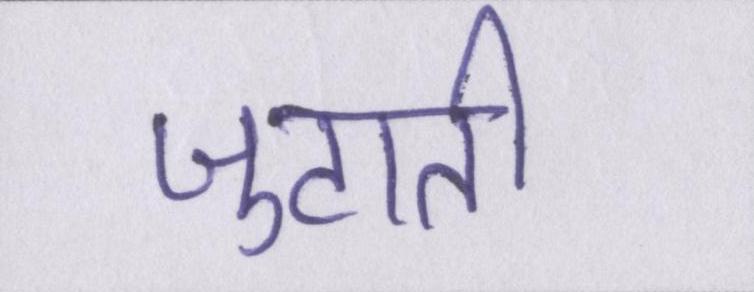
जुटाती